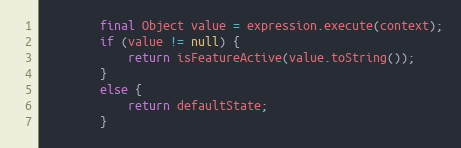
Language: Java
        final Object value = expression.execute(context);
        if (value != null) {
            return isFeatureActive(value.toString());
        }
        else {
            return defaultState;
        }